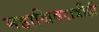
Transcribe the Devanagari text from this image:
महाशिवरात्रीही